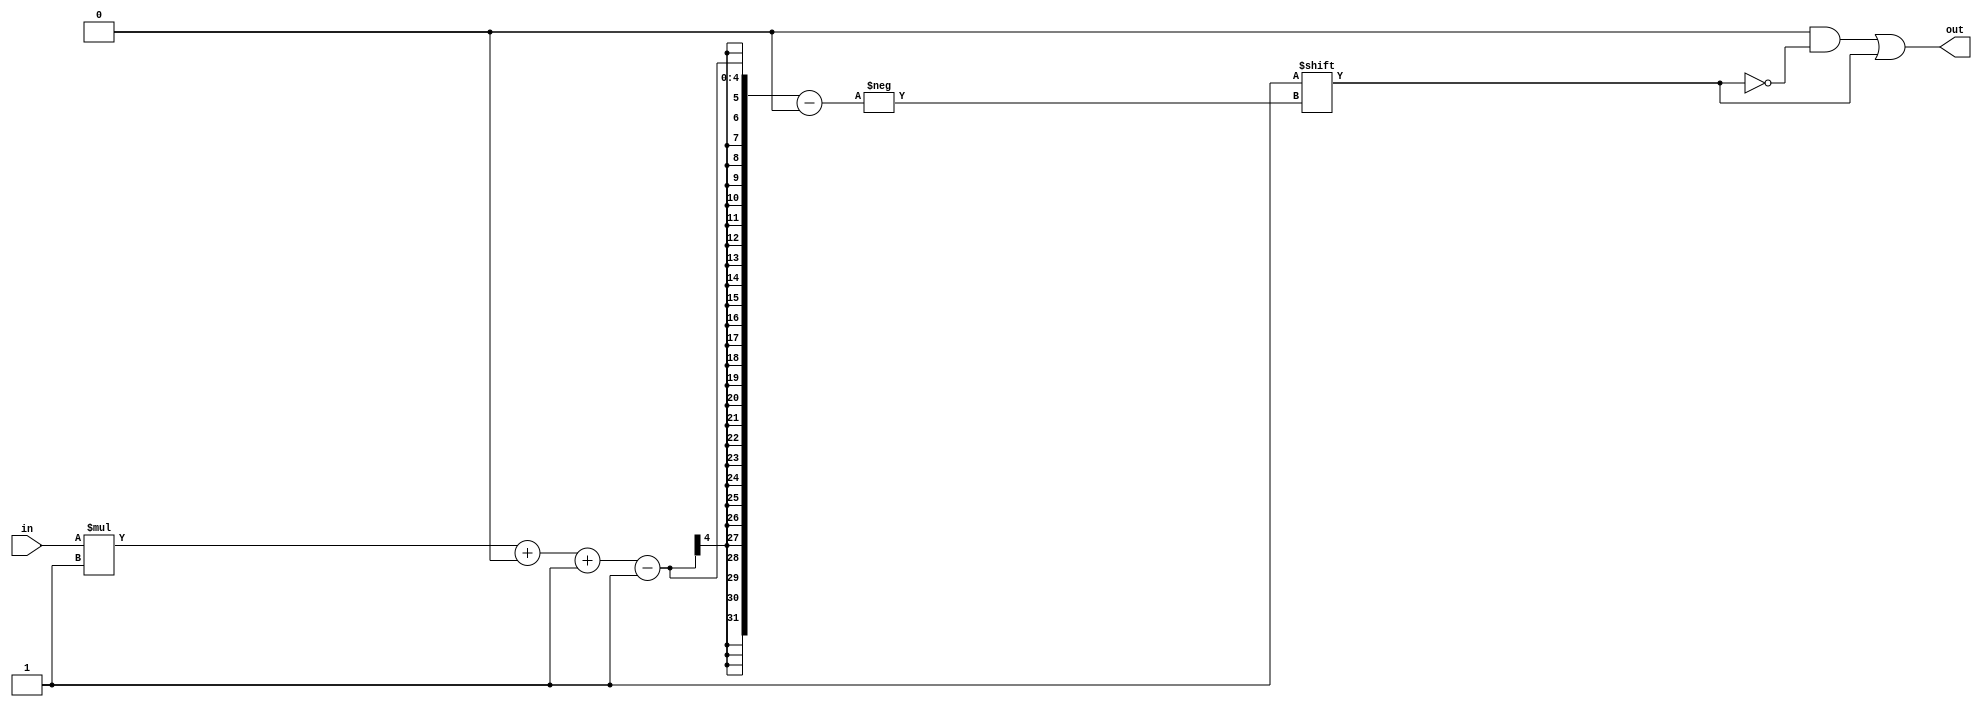
/*
   This file was generated automatically by Alchitry Labs version 1.2.1.
   Do not edit this file directly. Instead edit the original Lucid source.
   This is a temporary file and any changes made to it will be destroyed.
*/

/*
   Parameters:
     WIDTH = DIGIT_BITS
*/
module decoder_18 (
    input [0:0] in,
    output reg [1:0] out
  );
  
  localparam WIDTH = 1'h1;
  
  
  always @* begin
    out = 1'h0;
    out[(in)*1+0-:1] = 1'h1;
  end
endmodule